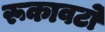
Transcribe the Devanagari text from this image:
रूकावटो